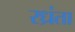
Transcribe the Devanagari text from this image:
रध्रंता